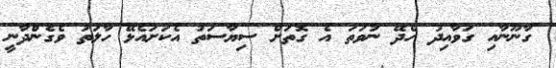
ގާނޫނާއި ގަވާއިދު ހެދޭ ނުވަތަ އެ ގޮތަށް ސިޔާސަތު އެކަށައެޅޭ ހާލަތު ވެގެންދާނީ